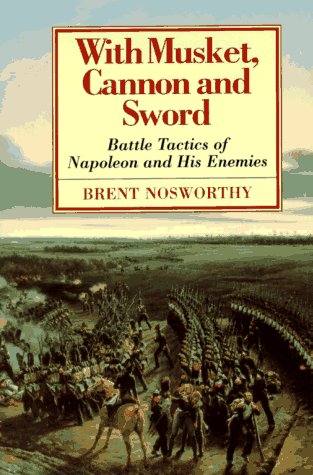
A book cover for With Musket, Cannon And Sword: Battle Tactics Of Napoleon And His Enemies; Brent Nosworthy; History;